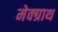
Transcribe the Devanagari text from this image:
मेक्ग्राथ